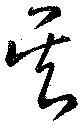
呉